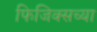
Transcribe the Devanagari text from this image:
फिजिक्सच्या